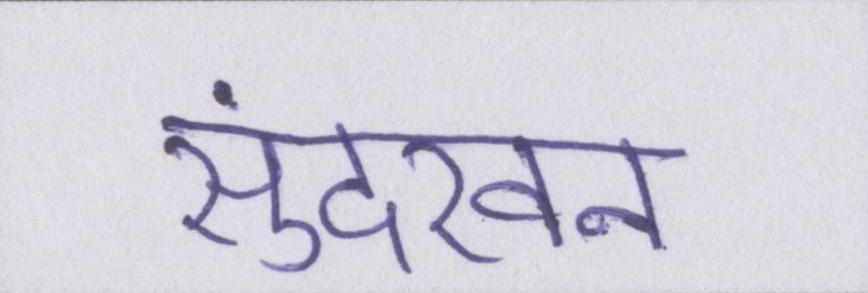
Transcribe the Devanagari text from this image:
सुंदरवन